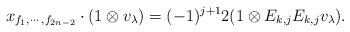
LaTeX: \begin{align*} x_{f_1,\cdots,f_{2n-2}}\cdot (1\otimes v_{\lambda})=(-1)^{j+1}2(1\otimes E_{k,j}E_{k,j}v_{\lambda}).\end{align*}